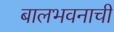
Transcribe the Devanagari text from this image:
बालभवनाची